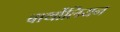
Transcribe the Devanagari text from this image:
बार्थोलियन